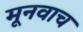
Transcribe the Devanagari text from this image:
मूनवाच